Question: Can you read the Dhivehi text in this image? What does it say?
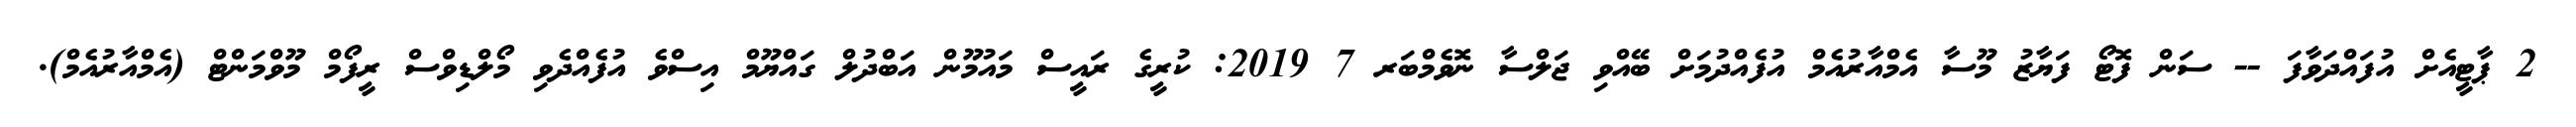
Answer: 2 ޕާޓީއެށް އުފައްދަވާފަ -- ސަން ފޮޓޯ ފަޔާޒު މޫސާ އެމްއާރުއެމް އުފެއްދުމަށް ބޭއްވި ޖަލްސާ ނޮވެމްބަރ 7 2019: ކުރީގެ ރައީސް މައުމޫން އަބްދުލް ގައްޔޫމް އިސްވެ އުފެއްދެވި މޯލްޑިވްސް ރީފޯމް މޫވްމަންޓް (އެމްއާރުއެމް).